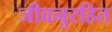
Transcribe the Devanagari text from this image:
जीवनुरहित